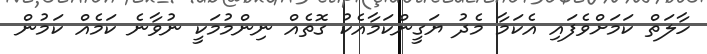
ހާލަތް ކަމަށްވެފައި އެކަމާ މެދު ޔަގީންކަމާއެކު ގޮތެއް ނިންމުމަކީ ނުވާނެ ކަމެއް ކަމުން